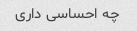
چه احساسی داری